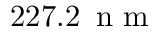
2 2 7 . 2 \ensuremath { \, \mathrm { ~ n ~ m ~ } }